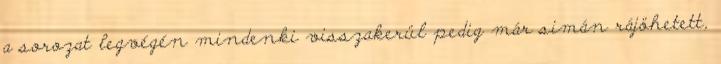
a sorozat legvégén mindenki visszakerül pedig már simán rájöhetett,